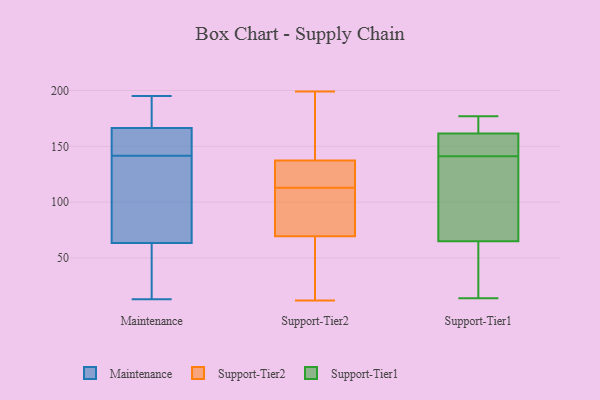
{"axis": {"x": "Page Views", "y": "Value"}, "legend": ["Maintenance", "Support-Tier1", "Support-Tier2"], "data": [{"x": "", "y": 163, "type": "Maintenance"}, {"x": "", "y": 45, "type": "Maintenance"}, {"x": "", "y": 195, "type": "Maintenance"}, {"x": "", "y": 58, "type": "Maintenance"}, {"x": "", "y": 190, "type": "Maintenance"}, {"x": "", "y": 122, "type": "Maintenance"}, {"x": "", "y": 160, "type": "Maintenance"}, {"x": "", "y": 153, "type": "Maintenance"}, {"x": "", "y": 170, "type": "Maintenance"}, {"x": "", "y": 13, "type": "Maintenance"}, {"x": "", "y": 69, "type": "Maintenance"}, {"x": "", "y": 130, "type": "Maintenance"}, {"x": "", "y": 118, "type": "Support-Tier2"}, {"x": "", "y": 199, "type": "Support-Tier2"}, {"x": "", "y": 138, "type": "Support-Tier2"}, {"x": "", "y": 53, "type": "Support-Tier2"}, {"x": "", "y": 158, "type": "Support-Tier2"}, {"x": "", "y": 12, "type": "Support-Tier2"}, {"x": "", "y": 36, "type": "Support-Tier2"}, {"x": "", "y": 171, "type": "Support-Tier2"}, {"x": "", "y": 113, "type": "Support-Tier2"}, {"x": "", "y": 161, "type": "Support-Tier2"}, {"x": "", "y": 135, "type": "Support-Tier2"}, {"x": "", "y": 125, "type": "Support-Tier2"}, {"x": "", "y": 103, "type": "Support-Tier2"}, {"x": "", "y": 99, "type": "Support-Tier2"}, {"x": "", "y": 86, "type": "Support-Tier2"}, {"x": "", "y": 121, "type": "Support-Tier2"}, {"x": "", "y": 64, "type": "Support-Tier2"}, {"x": "", "y": 108, "type": "Support-Tier2"}, {"x": "", "y": 36, "type": "Support-Tier2"}, {"x": "", "y": 124, "type": "Support-Tier1"}, {"x": "", "y": 53, "type": "Support-Tier1"}, {"x": "", "y": 23, "type": "Support-Tier1"}, {"x": "", "y": 167, "type": "Support-Tier1"}, {"x": "", "y": 177, "type": "Support-Tier1"}, {"x": "", "y": 14, "type": "Support-Tier1"}, {"x": "", "y": 141, "type": "Support-Tier1"}, {"x": "", "y": 143, "type": "Support-Tier1"}, {"x": "", "y": 145, "type": "Support-Tier1"}, {"x": "", "y": 176, "type": "Support-Tier1"}, {"x": "", "y": 101, "type": "Support-Tier1"}]}